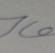
Signature authenticity: forged